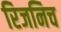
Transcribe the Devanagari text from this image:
रिजनिच